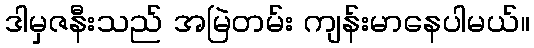
ဒါမှဇနီးသည် အမြဲတမ်း ကျန်းမာနေပါမယ်။